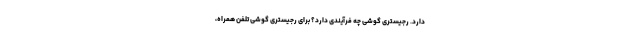
دارد. رجیستری گوشی چه فرآیندی دارد؟ برای رجیستری گوشی تلفن همراه،